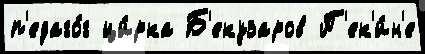
п'едаго́г ци́рка Б'екузаров П'ек'и́н'е